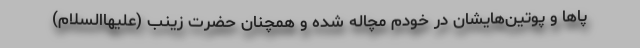
پاها و پوتین‌هایشان در خودم مچاله شده و همچنان حضرت زینب (علیهاالسلام)